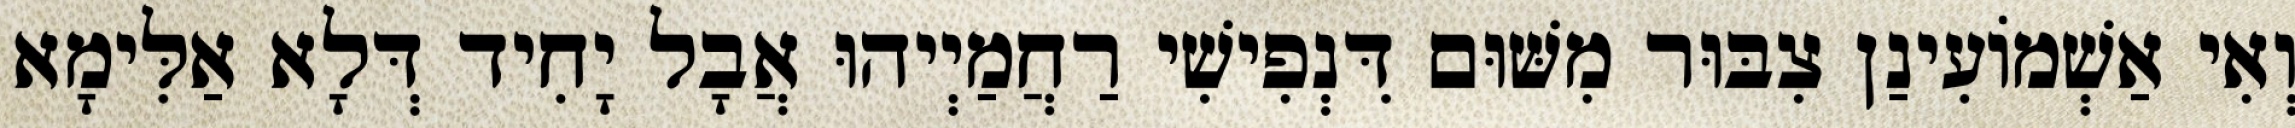
וְאִי אַשְׁמוֹעִינַן צִבּוּר מִשּׁוּם דִּנְפִישִׁי רַחֲמַיְיהוּ אֲבָל יָחִיד דְּלָא אַלִּימָא